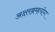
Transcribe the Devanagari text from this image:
अक्षरब्रम्हयोग